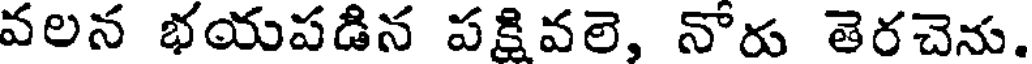
వలన భయపడిన పక్షివలె, నోరు తెరచెను.